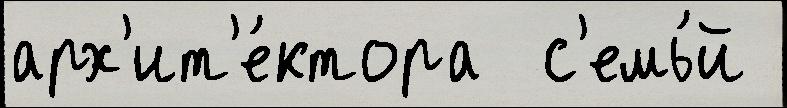
арх'ит'е́ктора  с'емь́й